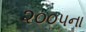
૨૦૦૫ના